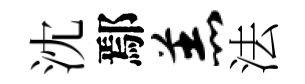
沈鄢羔法